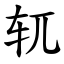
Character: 𫐄